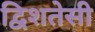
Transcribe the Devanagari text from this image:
द्विशतेसी